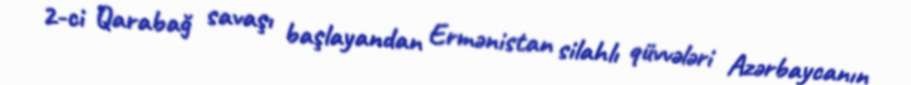
2-ci Qarabağ savaşı başlayandan Ermənistan silahlı qüvvələri Azərbaycanın